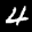
Label: 4